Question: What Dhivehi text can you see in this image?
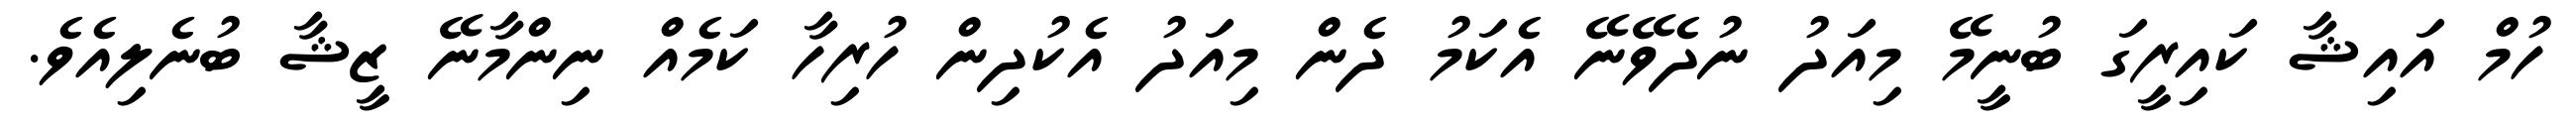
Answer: ހުމް އައިޝާ ކައިރީގަ ބުނީމޭ މިއަދު ނުދެވޭނޭ އެކަމު ދެން މިއަދު އެކުދިން ހުރިހާ ކަމެއް ނިންމާނޭ ޒީޝާ ބުނެލިއެވެ.